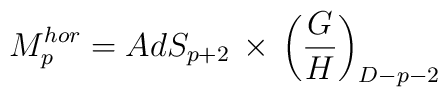
M^{hor}_{p} = AdS_{p+2} \, \times \, \left(\frac{G}{H}\right)_{D-p-2}